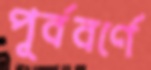
পূর্ববর্ণে